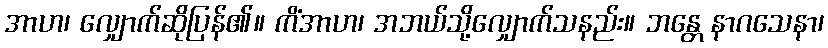
အာဟ၊ လျှောက်ဆိုပြန်၏။ ကိံအာဟ၊ အဘယ်သို့လျှောက်သနည်း။ ဘန္တေ နာဂသေနာ၊